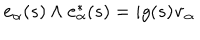
{ \bf e } _ { \alpha } ( s ) \wedge { \bf e } _ { \alpha } ^ { * } ( s ) = i g ( s ) { \bf v } _ { \alpha }